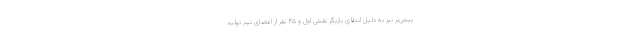
پیش‌تر نیز به دلیل ابتلای بازیگر نقش اول و ۴۵ نفر از اعضای تیم تولید